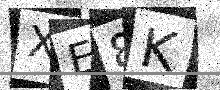
Text: XE8K